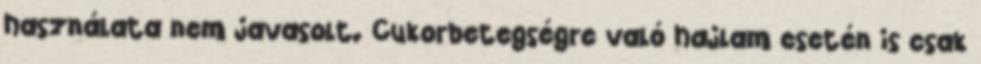
használata nem javasolt. Cukorbetegségre való hajlam esetén is csak